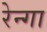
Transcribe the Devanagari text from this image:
रेन्गा